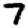
Digit: 7